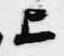
上